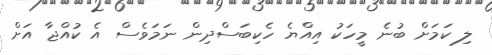
ލި ކަމަށް ބުނެ މީހަކު އިއްޔެ ހެކިބަސްދިން ނަމަވެސް އެ ކުއްޖާ އަށް